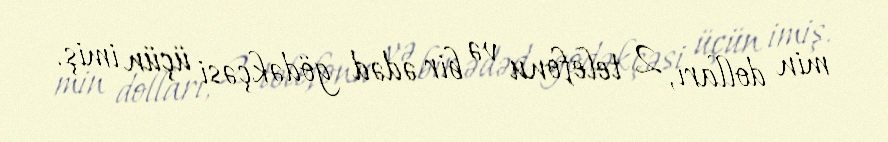
min dolları, 2 telefonu və bir ədəd gödəkçəsi üçün imiş.